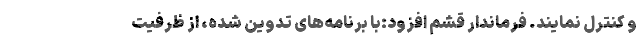
و کنترل نمایند. فرماندار قشم افزود:با برنامه‌های تدوین شده، از ظرفیت